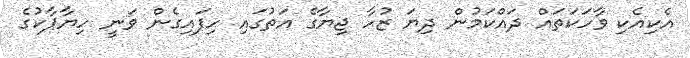
އެކިއެކި ވާހަކަތައް ދައްކަމުން ދިޔަ ޒުހާ ޖިޔާގެ އަތުގައި ހިފައިގެން ވަނީ ހިޔާޕާކުގެ